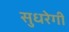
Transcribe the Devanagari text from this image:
सुधरेगी